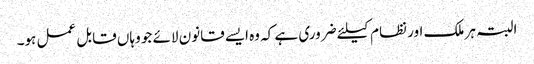
البتہ ہر ملک اور نظام کیلئے ضروری ہے کہ وه ایسے قانون لائے جو وہاں قابل عمل ہو۔